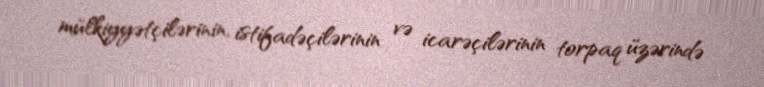
mülkiyyətçilərinin, istifadəçilərinin və icarəçilərinin torpaq üzərində